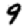
Digit: 9